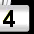
Digit: 3